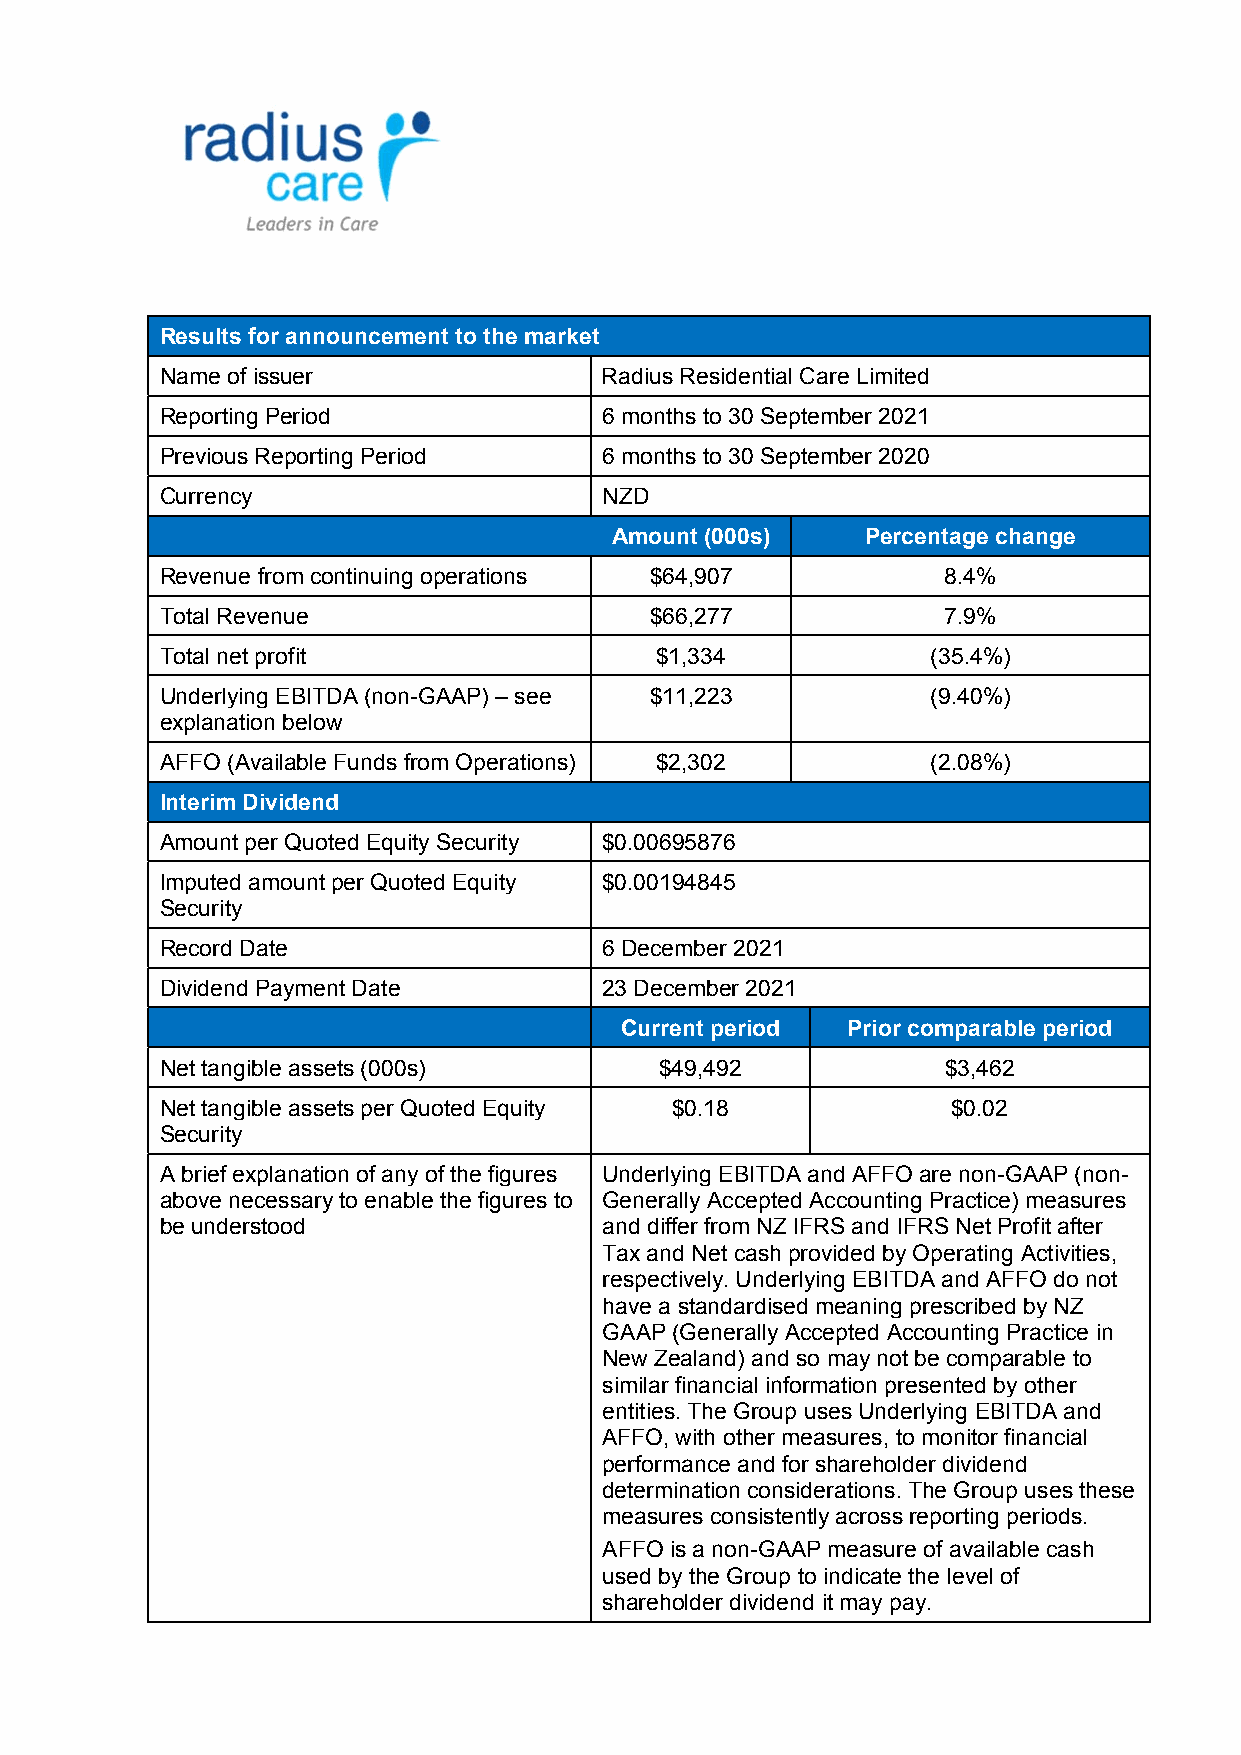
Results for announcement to the market
 Name of issuer               Radius Residential Care Limited
 Reporting Period             6 months to 30 September 2021
 Previous Reporting Period    6 months to 30 September 2020
 Currency                     NZD
 Amount (000s)    Percentage change
 Revenue from continuing operations $64,907         8.4%
 Total Revenue                   $66,277            7.9%
 Total net profit                $1,334             (35.4%)
 Underlying EBITDA (non-GAAP) – see $11,223         (9.40%)
 explanation below
 AFFO (Available Funds from Operations) $2,302      (2.08%)
 Interim Dividend
 Amount per Quoted Equity Security $0.00695876
 Imputed amount per Quoted Equity $0.00194845
 Security
 Record Date                  6 December 2021
 Dividend Payment Date        23 December 2021
 Current period Prior comparable period
 Net tangible assets (000s)       $49,492           $3,462
 Net tangible assets per Quoted Equity $0.18         $0.02
 Security
 A brief explanation of any of the figures Underlying EBITDA and AFFO are non-GAAP (non-
 above necessary to enable the figures to Generally Accepted Accounting Practice) measures
 be understood                and differ from NZ IFRS and IFRS Net Profit after
 Tax and Net cash provided by Operating Activities,
 respectively. Underlying EBITDA and AFFO do not
 have a standardised meaning prescribed by NZ
 GAAP (Generally Accepted Accounting Practice in
 New Zealand) and so may not be comparable to
 similar financial information presented by other
 entities. The Group uses Underlying EBITDA and
 AFFO, with other measures, to monitor financial
 performance and for shareholder dividend
 determination considerations. The Group uses these
 measures consistently across reporting periods.
 AFFO is a non-GAAP measure of available cash
 used by the Group to indicate the level of
 shareholder dividend it may pay.